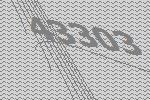
43303